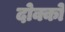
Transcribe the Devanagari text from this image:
दोक्को